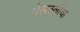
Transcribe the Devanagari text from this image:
वेलस्लीचा